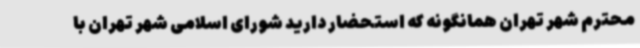
محترم شهر تهران همانگونه که استحضار دارید شورای اسلامی شهر تهران با